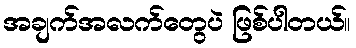
အချက်အလက်တွေပဲ ဖြစ်ပါတယ်။